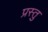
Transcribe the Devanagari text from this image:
प्रस्तु